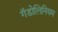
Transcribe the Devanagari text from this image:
गॅडोलिनियम